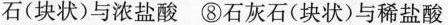
石(块状)与浓盐酸 ⑧石灰石(块状)与稀盐酸